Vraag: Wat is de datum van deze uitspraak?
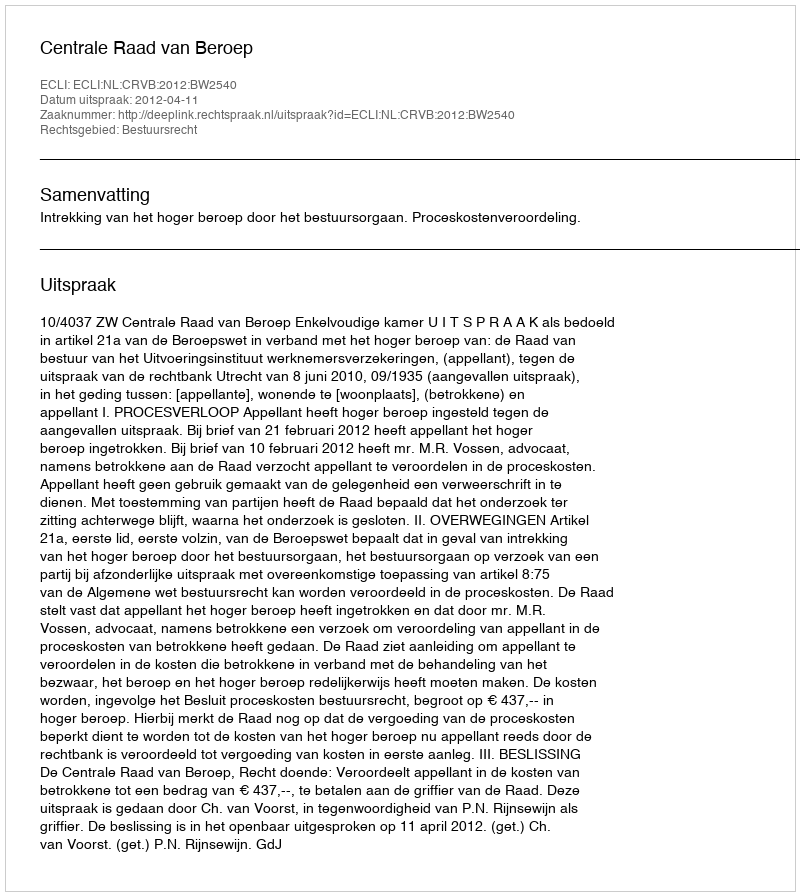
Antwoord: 2012-04-11